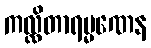
ကလ္လိတာရမ္မဏေန